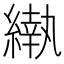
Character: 𬗵